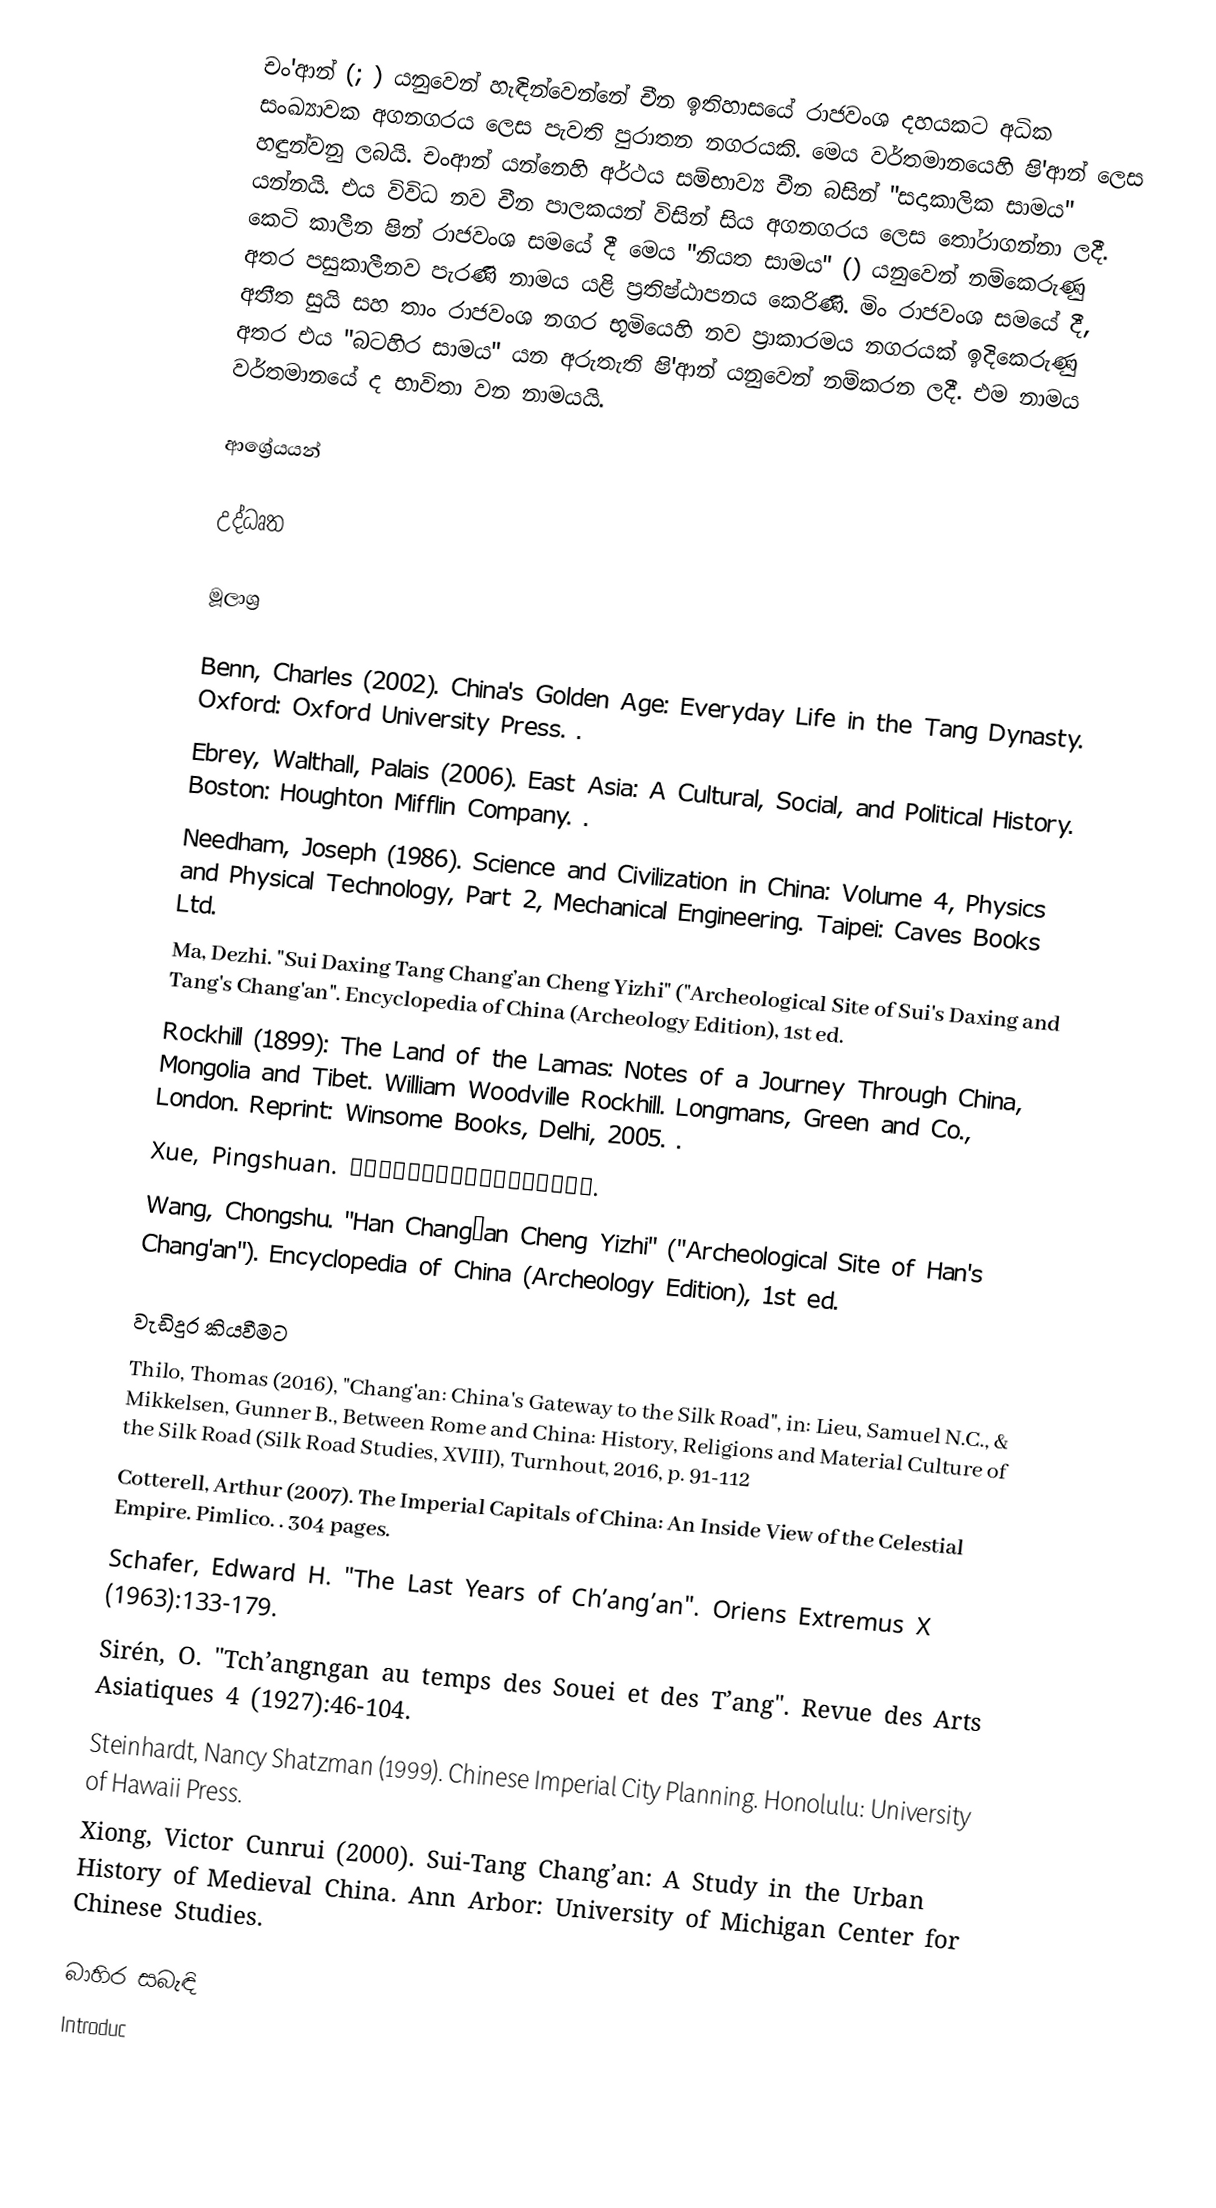
චං'ආන් (; ) යනුවෙන් හැඳින්වෙන්නේ චීන ඉතිහාසයේ රාජවංශ දහයකට අධික සංඛ්‍යාවක අගනගරය ලෙස පැවති පුරාතන නගරයකි. මෙය වර්තමානයෙහි ෂි'ආන් ලෙස හඳුන්වනු ලබයි. චංආන් යන්නෙහි අර්ථය සම්භාව්‍ය චීන බසින් "සදාකාලික සාමය" යන්නයි. එය විවිධ නව චීන පාලකයන් විසින් සිය අගනගරය ලෙස තෝරාගන්නා ලදී. කෙටි කාලීන ෂින් රාජවංශ සමයේ දී මෙය "නියත සාමය" () යනුවෙන් නම්කෙරුණු අතර පසුකාලීනව පැරණි නාමය යළි ප්‍රතිෂ්ඨාපනය කෙරිණි.  මිං රාජවංශ සමයේ දී, අතීත සුයි සහ තාං රාජවංශ නගර භූමියෙහි නව ප්‍රාකාරමය නගරයක් ඉදිකෙරුණු අතර එය "බටහිර සාමය" යන අරුතැති ෂි'ආන් යනුවෙන් නම්කරන ලදී. එම නාමය වර්තමානයේ ද භාවිතා වන නාමයයි.

ආශ්‍රේයයන්

උද්ධෘත

මූලාශ්‍ර

 Benn, Charles (2002). China's Golden Age: Everyday Life in the Tang Dynasty. Oxford: Oxford University Press. .
 Ebrey, Walthall, Palais (2006). East Asia: A Cultural, Social, and Political History. Boston: Houghton Mifflin Company. .
 Needham, Joseph (1986). Science and Civilization in China: Volume 4, Physics and Physical Technology, Part 2, Mechanical Engineering. Taipei: Caves Books Ltd.
 Ma, Dezhi. "Sui Daxing Tang Chang’an Cheng Yizhi" ("Archeological Site of Sui's Daxing and Tang's Chang'an". Encyclopedia of China (Archeology Edition), 1st ed.
 Rockhill (1899): The Land of the Lamas: Notes of a Journey Through China, Mongolia and Tibet. William Woodville Rockhill. Longmans, Green and Co., London. Reprint: Winsome Books, Delhi, 2005. .
 Xue, Pingshuan. 五代宋元时期古都长安商业的兴衰演变.
 Wang, Chongshu. "Han Chang’an Cheng Yizhi" ("Archeological Site of Han's Chang'an"). Encyclopedia of China (Archeology Edition), 1st ed.

වැඩිදුර කියවීමට
 Thilo, Thomas (2016), "Chang'an: China's Gateway to the Silk Road", in: Lieu, Samuel N.C., & Mikkelsen, Gunner B., Between Rome and China: History, Religions and Material Culture of the Silk Road (Silk Road Studies, XVIII), Turnhout, 2016, p. 91-112
 Cotterell, Arthur (2007). The Imperial Capitals of China: An Inside View of the Celestial Empire. Pimlico. . 304 pages.
 Schafer, Edward H. "The Last Years of Ch’ang’an".  Oriens Extremus X (1963):133-179.
 Sirén, O. "Tch’angngan au temps des Souei et des T’ang". Revue des Arts Asiatiques 4 (1927):46-104.
 Steinhardt, Nancy Shatzman (1999). Chinese Imperial City Planning. Honolulu: University of Hawaii Press.
 Xiong, Victor Cunrui (2000). Sui-Tang Chang’an: A Study in the Urban History of Medieval China. Ann Arbor: University of Michigan Center for Chinese Studies.

බාහිර සබැඳි
 Introduc